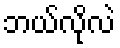
ဘယ်လိုလဲ